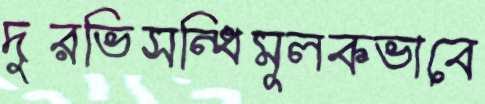
দুরভিসন্ধিমূলকভাবে